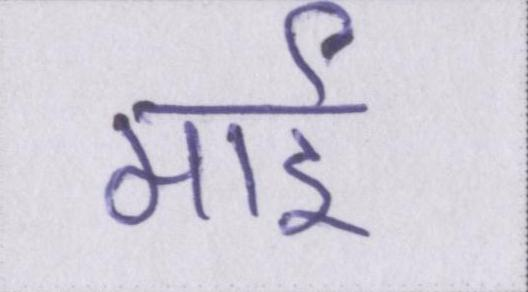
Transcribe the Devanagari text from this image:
माई